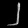
Digit: ၂